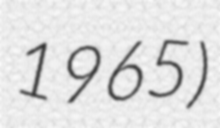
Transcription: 1965)